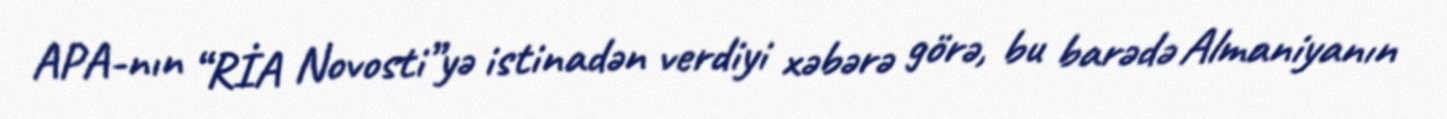
APA-nın “RİA Novosti”yə istinadən verdiyi xəbərə görə, bu barədə Almaniyanın